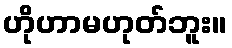
ဟိုဟာမဟုတ်ဘူး။